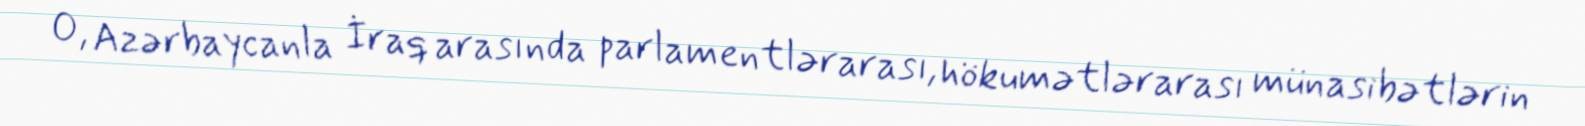
O, Azərbaycanla İraq arasında parlamentlərarası, hökumətlərarası münasibətlərin